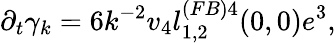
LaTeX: \partial_{t}\gamma_{k}=6k^{-2}v_{4}l_{1,2}^{(FB)4}(0,0)e^{3},